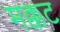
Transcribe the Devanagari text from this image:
मक्कट